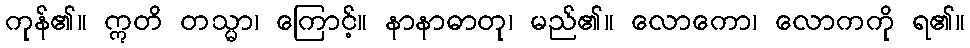
ကုန်၏။ ဣတိ တသ္မာ၊ ကြောင့်။ နာနာဓာတု၊ မည်၏။ လောကော၊ လောကကို ရ၏။